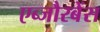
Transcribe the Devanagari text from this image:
एब्जौरबेंस